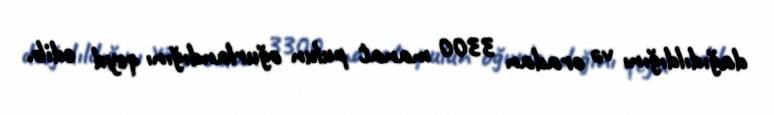
dağıdıldığını və oradan 3300 manat pulun oğurlandığını qeyd edib.